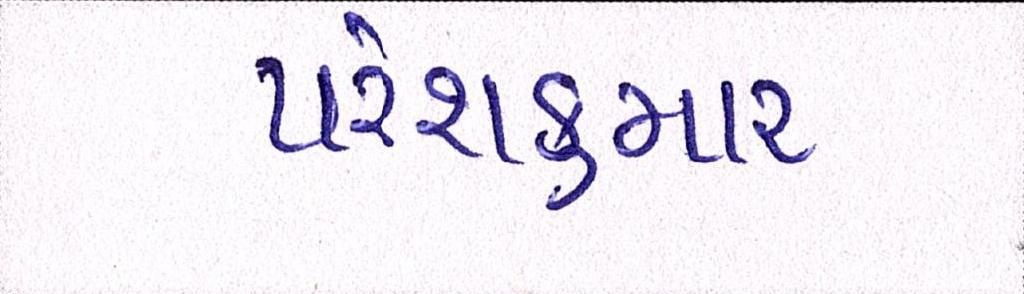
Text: પરેશકુમાર